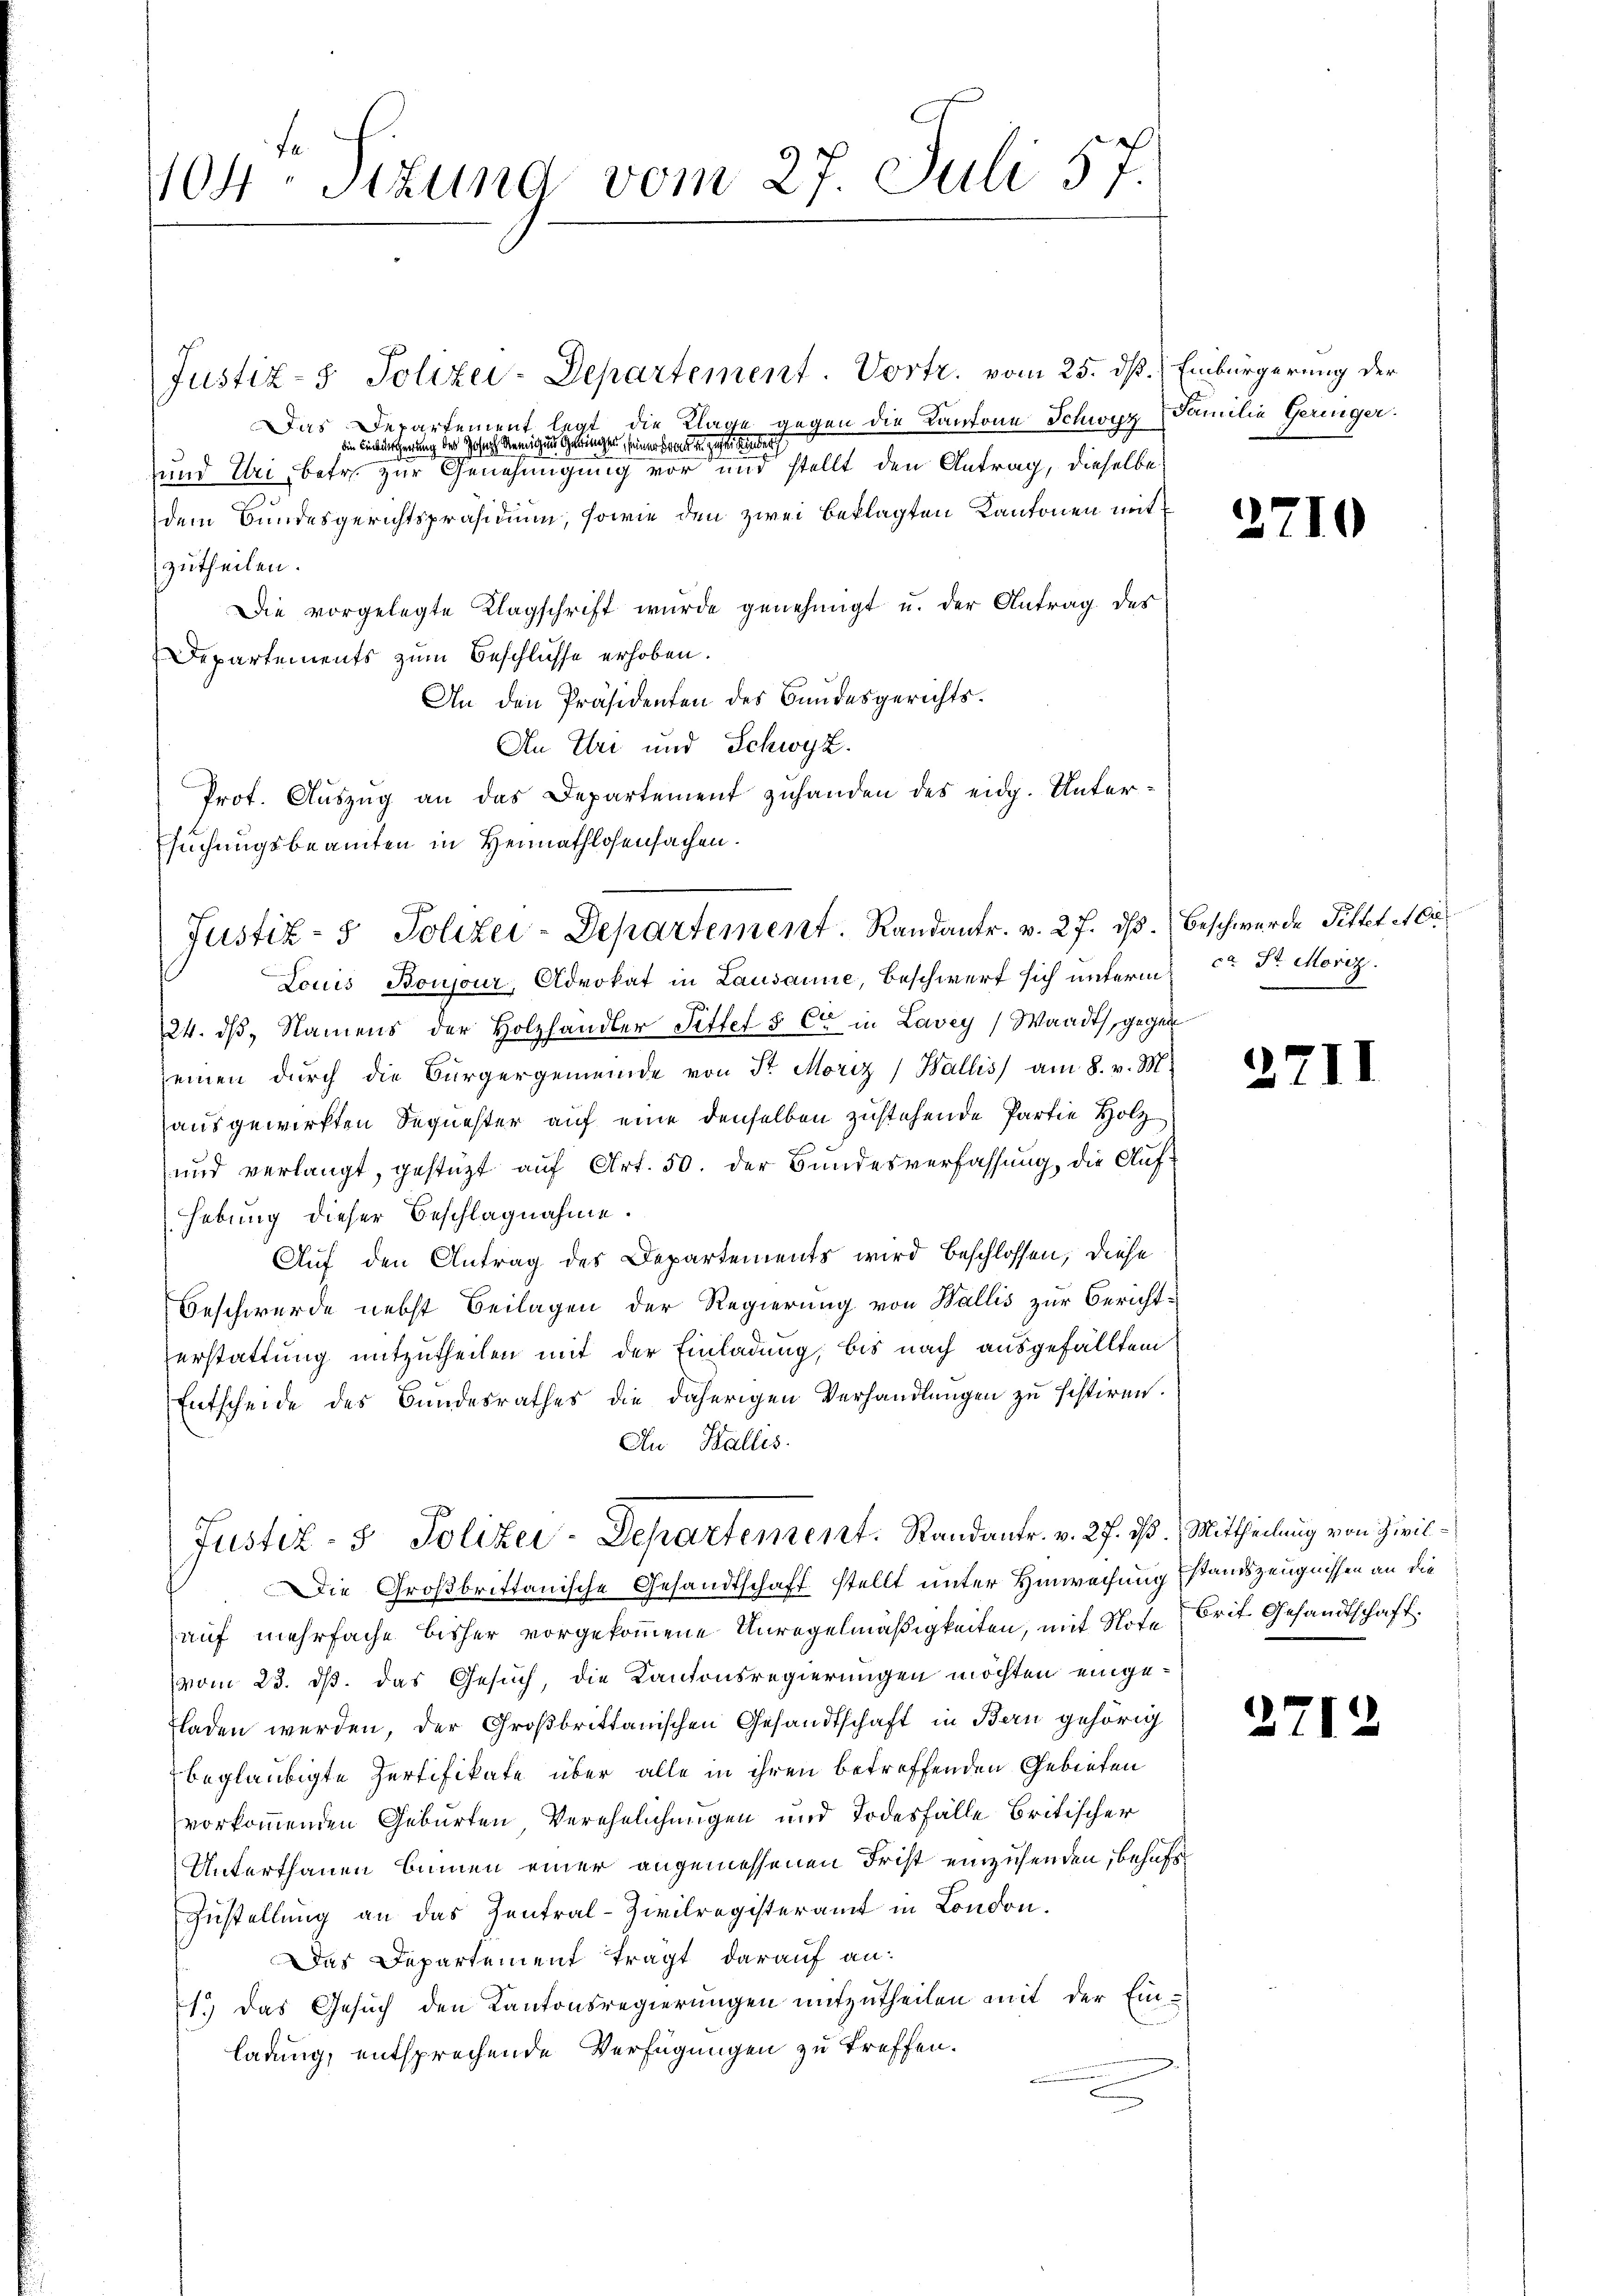
404 Sizung vom 27. Juli 57

Justiz- & Polizei-Departement. Vortr. vom 25. dß. Einbürgerung der
Das Departement legt die Klage gegen die Kantone Schwyz Familie Geringer.
din Einterscherung der Joseph Remigen geringen, seiner Frauen gesehender
und Uri, betr. zur Genehmigung vor und stellt den Antrag, dieselbe
dem Bundesgerichtspräsidium, sowie den zwei Beklagten Kantonen mit
zutheilen.
Die vorgelegte Klagschrift wurde genehmigt u. der Antrag des
Departements zum Beschlusse erhoben.
An den Präsidenten des Bundesgerichts¬
An Uri und Schwyz.
Prot. Auszug an das Departement zuhanden des eidg. Untersuchungsbeamten in Heimathlosensachen.
Louis Boujour, Advokat in Lausanne, Beschwerf sich unterm Sr. Moriz
24. dβ, Namens der Holzhändler Sittet § C in Lavey) Waadt, gegen
einen dŭrch die Bürgergemeinde von Sr. Moriz Wallis am 8. v. M.
ausgewirkten Sequester auf eine denselben zustehende Partie Holz
und verlangt, gestüzt auf Art. 50. der Bundesverfassung, die Aufhebung dieser Beschlagnahme.
Auf den Antrag des Departements wird beschlossen, diese
Beschwerde nebst Beilagen der Regierung von Wallis zur Berichterstattung mitzutheilen mit der Einladung, bis nach ausgefällten
Entscheide des Bundesrathes die daherigen Verhandlungen zu sistiren.
An Wallis.
Justiz- & Polizei-Departement. Randantr. v. 27. 13. Mittheilung von Zivil¬
Die Großbrittanische Gesandtschaft stellt unter Hinweisung standszeugnissen an die
auf mehrfache bisher vorgekommene Unregelmäßigkeiten, mit Note Brit. Gesandtschaft.
vom 23. ds. das Gesuch, die Kantonsregierungen möchten einge¬
Fladen werden, der Großbrittanischen Gesandtschaft in Bern gehörig
beglaubigte Zertifikate über alle in ihren betreffenden Gebieten
vorkommenden Geburten Verehelichungen und Todesfälle britischer
Unterthanen binnen einer angemessenen Frist einzusenden, behufe¬
Zustellung an das Zentral-Zivilregisteramt in London.
Das Departement tragt darauf an:
1.) Das Gesuch den Kantonsregierungen mitzutheilen mit der Einladung, entsprechende Verfügungen zu treffen.

Justiz- & Polizei-Departement. Randantr. v. 27. dβ. Beschwerde Pittet Ar

2710

271

2712